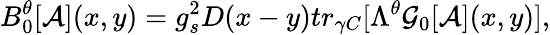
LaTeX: B_{0}^{\theta}[{\cal{A}}](x,y)=g_{s}^{2}D(x-y)tr_{\gamma C}[\Lambda^{\theta}{\cal{G}}_{0}[{\cal{A}}](x,y)],